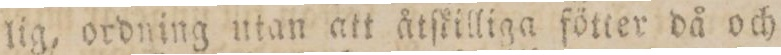
lig, ordning utan att åtſkilliga fötter då och